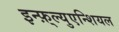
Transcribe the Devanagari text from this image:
इन्फ़्ल्युएन्शियल